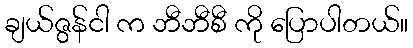
ချယ်ဇွန်ငါ က ဘီဘီစီ ကို ပြောပါတယ်။